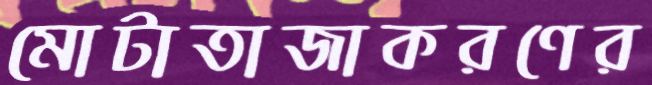
মোটাতাজাকরণের